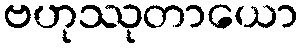
ဗဟုဿုတာယော